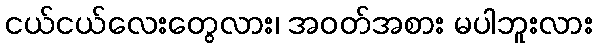
ငယ်ငယ်လေးတွေလား၊ အဝတ်အစား မပါဘူးလား